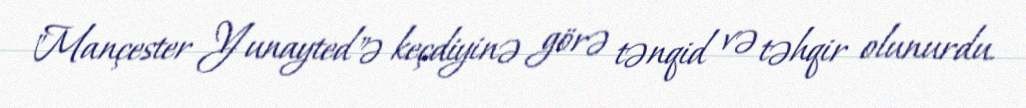
"Mançester Yunayted"ə keçdiyinə görə tənqid və təhqir olunurdu.